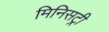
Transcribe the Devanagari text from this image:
मिनिसट्री